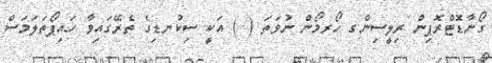
ގޯނާޑޮޓްރޮޕިން ރިލީސިންގ ހޯރމޯން ނުވަތަ ( ) އަކީ ސިކުނޑިގެ ތެރޭގައިވާ ހައިޕޯތަލަމަސް